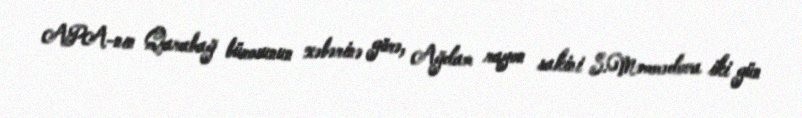
APA-nın Qarabağ bürosunun xəbərinə görə, Ağdam rayon sakini S.Məmmədova iki gün